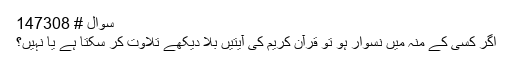
سوال # 147308
اگر کسی کے منہ میں نسوار ہو تو قرآن کریم کی آیتیں بلا دیکھے تلاوت کر سکتا ہے یا نہیں؟